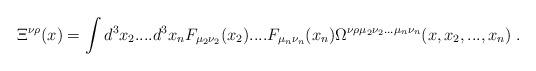
LaTeX: \begin{align*}\Xi ^{\nu \rho }(x)=\int d^3x_2....d^3x_nF_{\mu _2\nu _2}(x_2)....F_{\mu_n\nu _n}(x_n)\Omega ^{\nu \rho \mu _2\nu _2...\mu _n\nu_n}(x,x_2,...,x_n)\;. \end{align*}